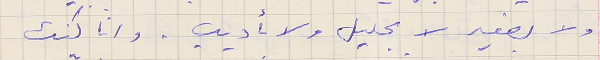
ولا بصغير لا بجليل ولا بأديب. وانا كنت